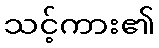
သင့်ကား၏